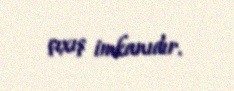
çıxış imkanıdır.